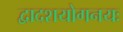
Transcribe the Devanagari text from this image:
द्वादशयोगनयः